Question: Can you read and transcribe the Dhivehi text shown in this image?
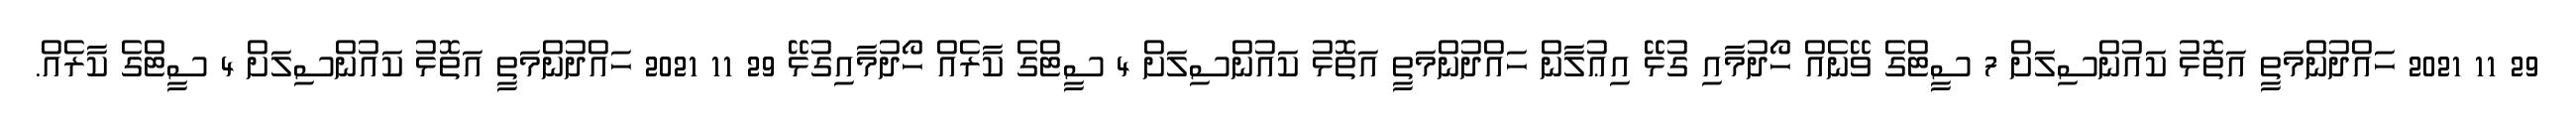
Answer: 29 11 2021 ހައްދުންމަތީ އަތޮޅު ކައުންސިލަށް 7 ސީޓްގެ ވޭނެއް ހޯދުމާއި ގުޅޭ އިޢުލާން ހައްދުންމަތީ އަތޮޅު ކައުންސިލަށް 4 ސީޓްގެ ކާރެއް ހޯދުމާއިގުޅޭ 29 11 2021 ހައްދުންމަތީ އަތޮޅު ކައުންސިލަށް 4 ސީޓްގެ ކާރެއް.